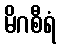
မိဂစီရံ